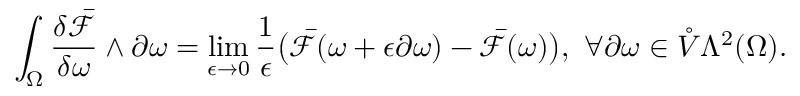
\int _ { \Omega } \frac { \delta \bar { \mathcal { F } } } { \delta \omega } \wedge \partial \omega = \operatorname* { l i m } _ { \epsilon \to 0 } \frac { 1 } { \epsilon } \big ( \bar { \mathcal { F } } ( \omega + \epsilon \partial \omega ) - \bar { \mathcal { F } } ( \omega ) \big ) , \ \forall \partial \omega \in \mathring { V } \Lambda ^ { 2 } ( \Omega ) .